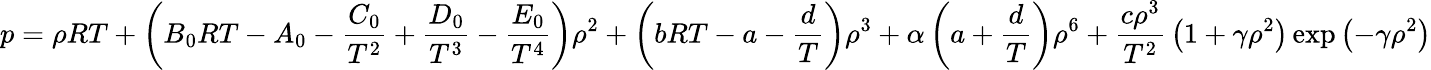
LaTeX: p=\rho RT+\left(B_{0}RT-A_{0}-{\frac{C_{0}}{T^{2}}}+{\frac{D_{0}}{T^{3}}}-{\frac{E_{0}}{T^{4}}}\right)\rho^{2}+\left(bRT-a-{\frac{d}{T}}\right)\rho^{3}+\alpha\left(a+{\frac{d}{T}}\right)\rho^{6}+{\frac{c\rho^{3}}{T^{2}}}\left(1+\gamma\rho^{2}\right)\exp\left(-\gamma\rho^{2}\right)